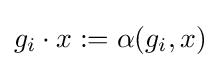
g_{i}\cdot x:=\alpha (g_{i},x)